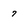
Character: 7